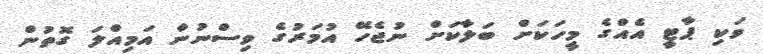
ވަކި ޕާޓީ އެއްގެ މީހަކަށް ބަލާކަށް ނުޖެހޭ އުމަރުގެ ވިސްނުން އަމިއްލަ ގޮތުން